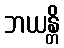
ဘယန္တိ